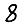
Digit: 8